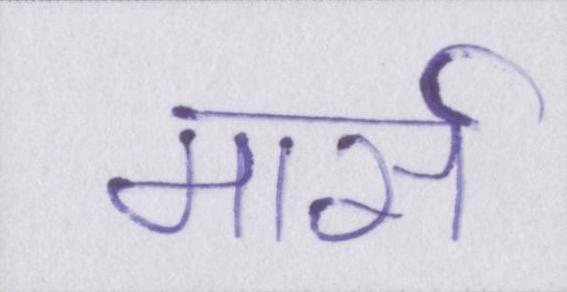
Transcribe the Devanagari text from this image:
मार्स